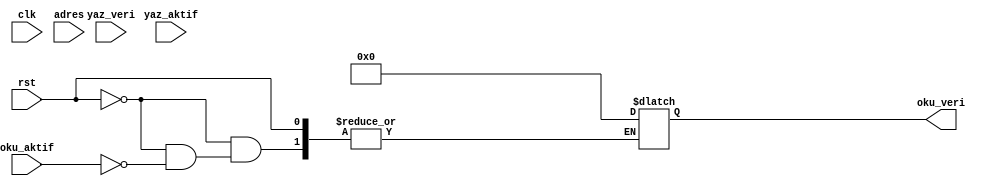
`timescale 1ns / 1ps
module veri_bellegi(
    input clk, rst,
    output [31:0] oku_veri,
    input oku_aktif,
    input [31:0] yaz_veri,
    input yaz_aktif,
    input [31:0] adres
    );

    reg [31:0] veri_bellek [127:0];
    
    reg [31:0] oku_veri_reg;

    integer i;
    initial begin
        for(i = 0; i < 128; i = i+1) begin
            veri_bellek[i] = 32'b0;
        end
    end

    always @(*) begin
        if(rst) begin
            for(i = 0; i < 128; i = i+1) begin
                veri_bellek[i] = 32'b0;
            end
        end
        else if(oku_aktif) begin
            oku_veri_reg = veri_bellek[adres >> 2];
        end
        
    end

    always @(negedge clk) begin
        if(yaz_aktif && !rst) begin
            veri_bellek[adres >> 2] = yaz_veri;
        end
    end

    assign oku_veri = oku_veri_reg;

endmodule